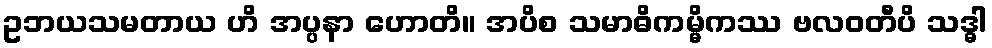
ဥဘယသမတာယ ဟိ အပ္ပနာ ဟောတိ။ အပိစ သမာဓိကမ္မိကဿ ဗလဝတီပိ သဒ္ဓါ